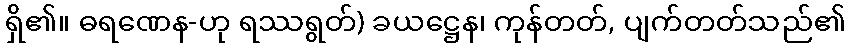
ရှိ၏။ ဓရဏေန-ဟု ရဿရွတ်) ခယဋ္ဌေန၊ ကုန်တတ်, ပျက်တတ်သည်၏